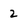
Character: 2